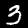
Digit: 3